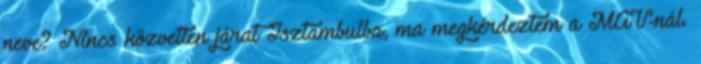
neve? Nincs közvetlen járat Isztambulba, ma megkérdeztem a MÁV-nál.